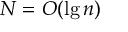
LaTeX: N = O ( \lg n )